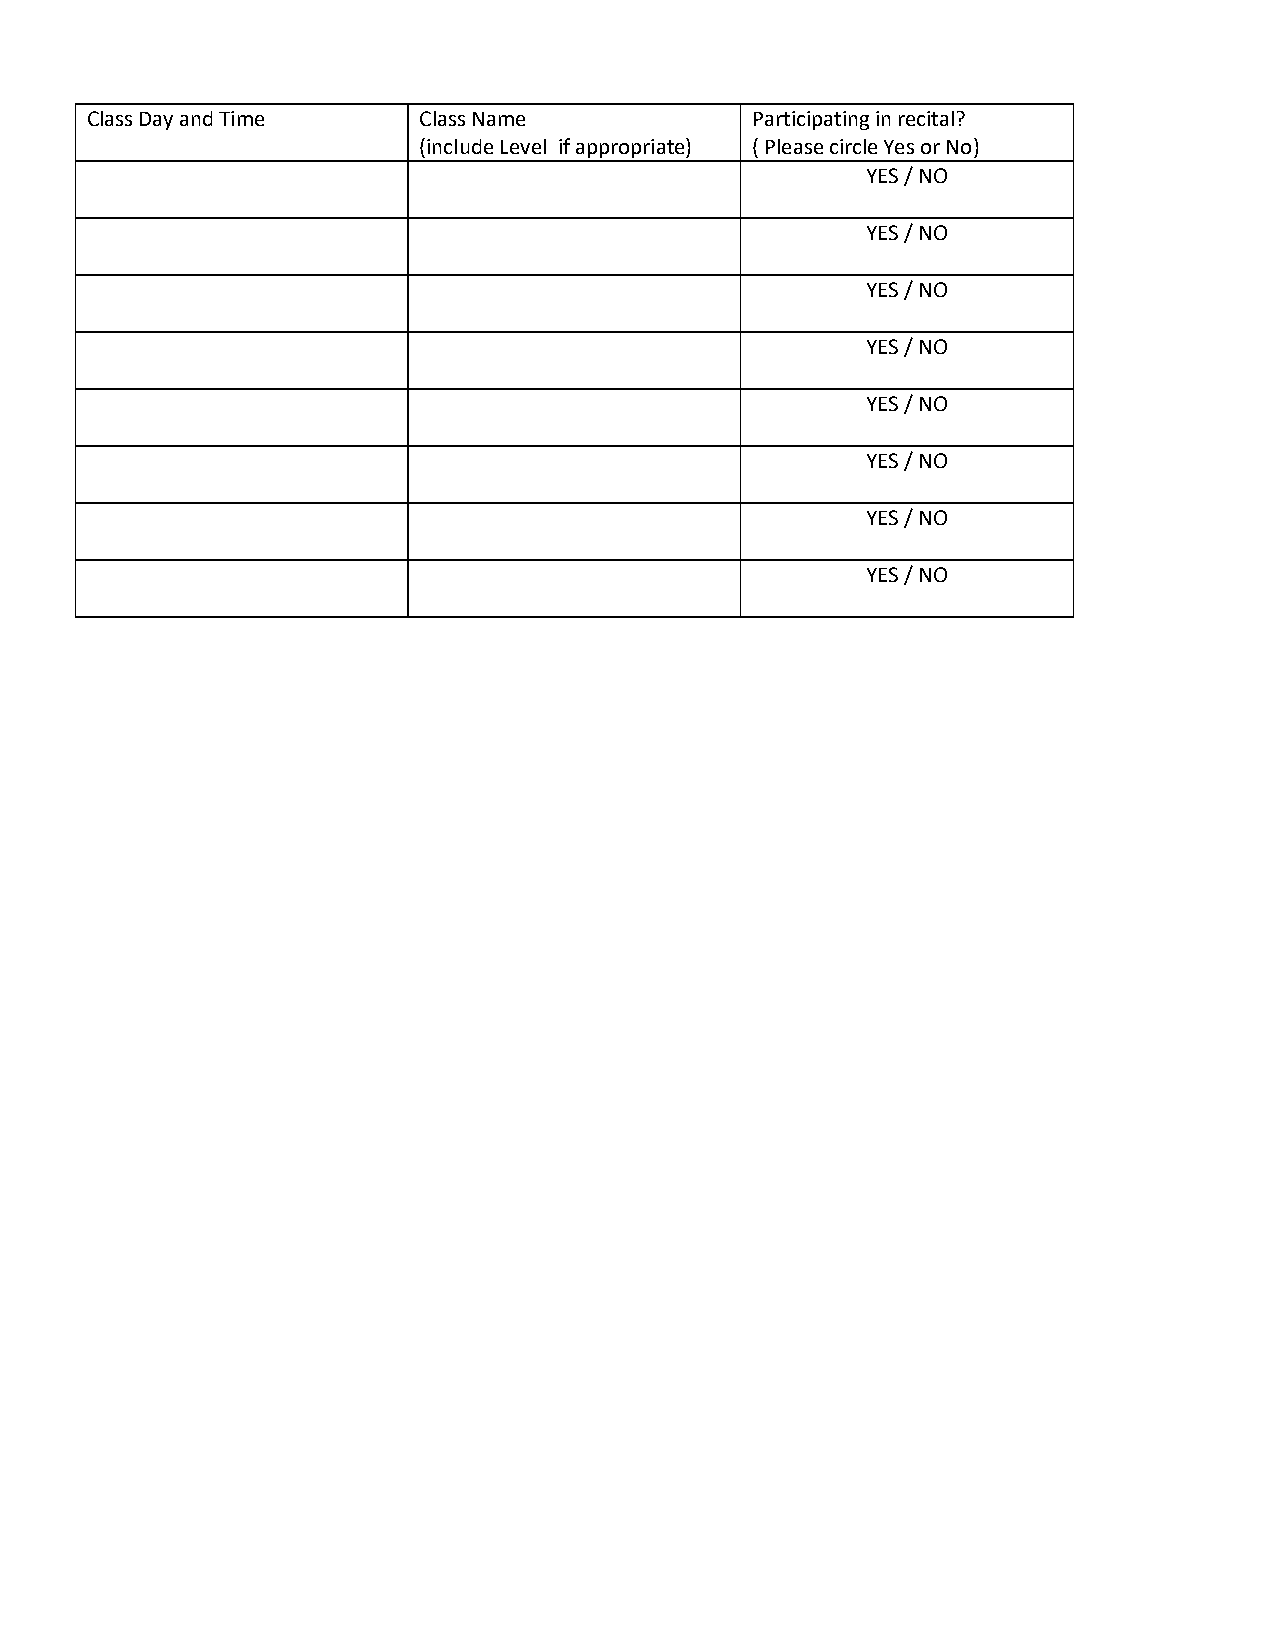
Class Day and Time    Class Name            Participating in recital?
 (include Level if appropriate) ( Please circle Yes or No)
 YES / NO
 YES / NO
 YES / NO
 YES / NO
 YES / NO
 YES / NO
 YES / NO
 YES / NO